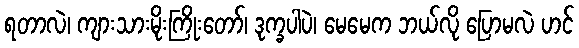
ရတာလဲ၊ ကျားသားမိုးကြိုးတော်၊ ဒုက္ခပါပဲ၊ မေမေက ဘယ်လို ပြောမလဲ ဟင်